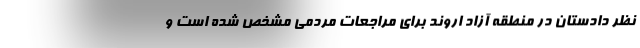
نظر دادستان در منطقه آزاد اروند برای مراجعات مردمی مشخص شده است و